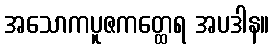
အသောကပူဇကတ္ထေရ အပဒါန။